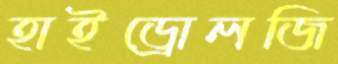
হাইড্রোলজি